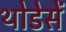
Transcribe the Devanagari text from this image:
थोडेसें